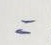
=